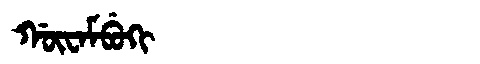
Manchu: ᡤᡡᠸᠠᠮᠪᡠᡴᡳ
Romanization: GŪWAMBUKI